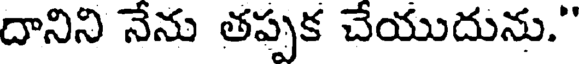
దానిని నేను తప్పక చేయుదును."